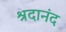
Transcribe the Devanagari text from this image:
श्रदानंद